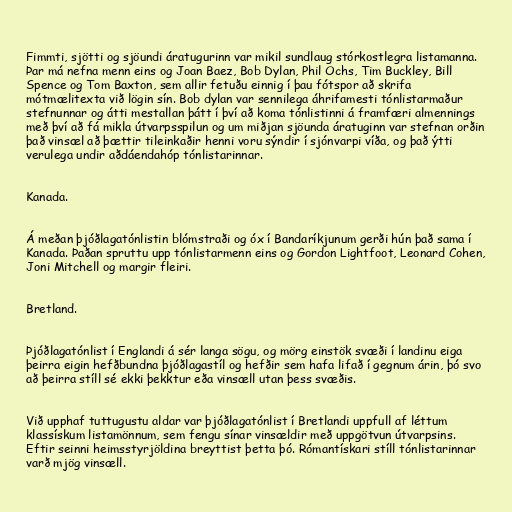
Fimmti, sjötti og sjöundi áratugurinn var mikil sundlaug stórkostlegra listamanna.
Þar má nefna menn eins og Joan Baez, Bob Dylan, Phil Ochs, Tim Buckley, Bill
Spence og Tom Baxton, sem allir fetuðu einnig í þau fótspor að skrifa
mótmælitexta við lögin sín. Bob dylan var sennilega áhrifamesti tónlistarmaður
stefnunnar og átti mestallan þátt í því að koma tónlistinni á framfæri almennings
með því að fá mikla útvarpsspilun og um miðjan sjöunda áratuginn var stefnan orðin
það vinsæl að þættir tileinkaðir henni voru sýndir í sjónvarpi víða, og það ýtti
verulega undir aðdáendahóp tónlistarinnar.

Kanada.

Á meðan þjóðlagatónlistin blómstraði og óx í Bandaríkjunum gerði hún það sama í
Kanada. Þaðan spruttu upp tónlistarmenn eins og Gordon Lightfoot, Leonard Cohen,
Joni Mitchell og margir fleiri.

Bretland.

Þjóðlagatónlist í Englandi á sér langa sögu, og mörg einstök svæði í landinu eiga
þeirra eigin hefðbundna þjóðlagastíl og hefðir sem hafa lifað í gegnum árin, þó svo
að þeirra stíll sé ekki þekktur eða vinsæll utan þess svæðis.

Við upphaf tuttugustu aldar var þjóðlagatónlist í Bretlandi uppfull af léttum
klassískum listamönnum, sem fengu sínar vinsældir með uppgötvun útvarpsins.
Eftir seinni heimsstyrjöldina breyttist þetta þó. Rómantískari stíll tónlistarinnar
varð mjög vinsæll.